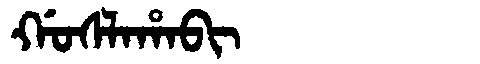
Manchu: ᡤᠣᠰᠯᠠᡥᠠᠪᡳ
Romanization: GOSLAHABI